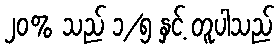
၂၀% သည် ၁/၅ နှင့် တူပါသည်